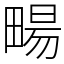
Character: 畼